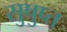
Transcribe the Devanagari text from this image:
सुषुप्‍त